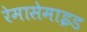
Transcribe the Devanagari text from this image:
रेमासेमाइड